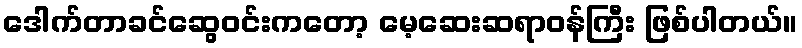
ဒေါက်တာခင်ဆွေဝင်းကတော့ မေ့ဆေးဆရာဝန်ကြီး ဖြစ်ပါတယ်။